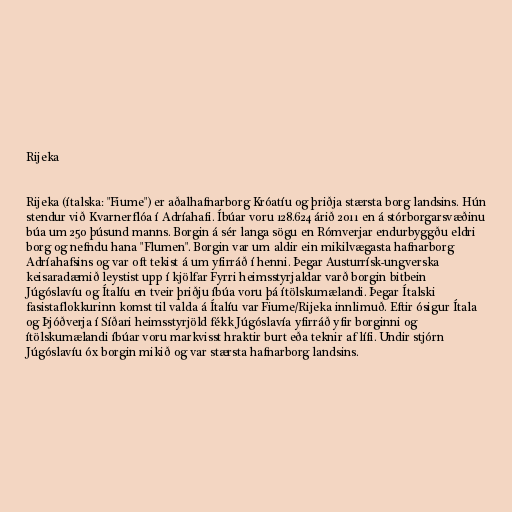
Rijeka

Rijeka (ítalska: "Fiume") er aðalhafnarborg Króatíu og þriðja stærsta borg landsins. Hún
stendur við Kvarnerflóa í Adríahafi. Íbúar voru 128.624 árið 2011 en á stórborgarsvæðinu
búa um 250 þúsund manns. Borgin á sér langa sögu en Rómverjar endurbyggðu eldri
borg og nefndu hana "Flumen". Borgin var um aldir ein mikilvægasta hafnarborg
Adríahafsins og var oft tekist á um yfirráð í henni. Þegar Austurrísk-ungverska
keisaradæmið leystist upp í kjölfar Fyrri heimsstyrjaldar varð borgin bitbein
Júgóslavíu og Ítalíu en tveir þriðju íbúa voru þá ítölskumælandi. Þegar Ítalski
fasistaflokkurinn komst til valda á Ítalíu var Fiume/Rijeka innlimuð. Eftir ósigur Ítala
og Þjóðverja í Síðari heimsstyrjöld fékk Júgóslavía yfirráð yfir borginni og
ítölskumælandi íbúar voru markvisst hraktir burt eða teknir af lífi. Undir stjórn
Júgóslavíu óx borgin mikið og var stærsta hafnarborg landsins.